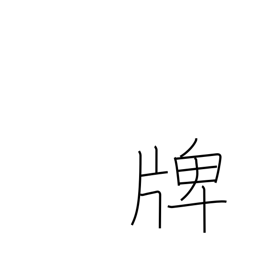
Meaning: medal